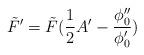
LaTeX: \begin{align*}\tilde{F}'=\tilde{F} (\frac{1}{2} A' -\frac{\phi_0''}{\phi_0'})\end{align*}